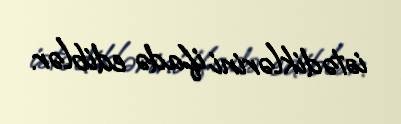
istədiklərini ifadə ediblər.